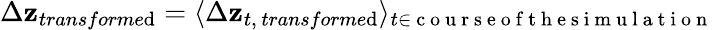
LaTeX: \Delta\mathbf{z}_{transforme\mathrm{d}}=\langle\Delta\mathbf{z}_{t,\, transforme\mathrm{d}}\rangle_{t\in\mathrm{{~c~o~u~r~s~e~o~f~t~h~e~s~i~m~u~l~a~t~i~o~n~}}}